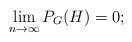
LaTeX: \begin{align*}\lim_{n \to \infty} P_G(H) = 0;\end{align*}